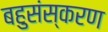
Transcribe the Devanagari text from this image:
बहुसंस्करण